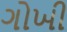
ગોખી